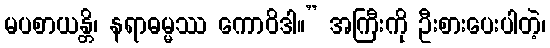
မပစာယန္တိ၊ နရာဓမ္မဿ ကောဝိဒါ။” အကြီးကို ဦးစားပေးပါတဲ့၊